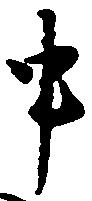
申